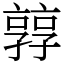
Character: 㝇